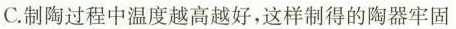
C.制陶过程中温度越高越好，这样制得的陶器牢固